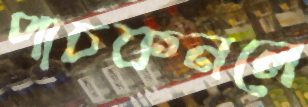
পাচকনলে